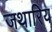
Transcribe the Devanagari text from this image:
जथारिय